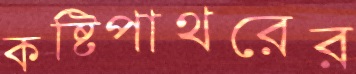
কষ্টিপাথরের